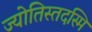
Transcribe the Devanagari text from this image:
ज्योतिस्तदस्मि